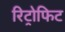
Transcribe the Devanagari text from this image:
रिट्रोफिट